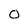
Character: 0